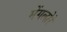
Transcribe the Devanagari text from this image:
मेंगलोरे